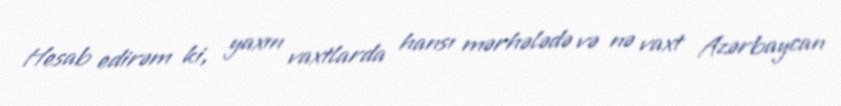
Hesab edirəm ki, yaxın vaxtlarda hansı mərhələdə və nə vaxt Azərbaycan